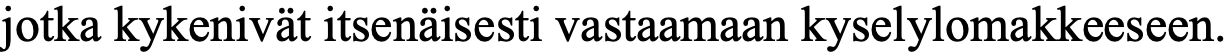
jotka kykenivät itsenäisesti vastaamaan kyselylomakkeeseen.